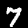
Label: 7